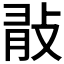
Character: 𢼿